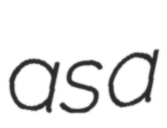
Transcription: as a